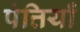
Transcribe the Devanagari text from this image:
पंत्तियाँ